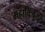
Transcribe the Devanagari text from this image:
महाविजयते